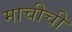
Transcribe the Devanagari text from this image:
माचीची